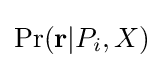
\Pr({\mathbf {r} }|P_{i},X)